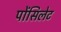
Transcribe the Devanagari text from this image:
पोंसिलेट